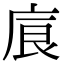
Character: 㢃